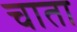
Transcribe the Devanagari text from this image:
चाता